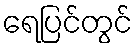
ရေပြင်တွင်